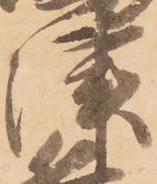
津